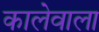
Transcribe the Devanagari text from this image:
कालेवाला